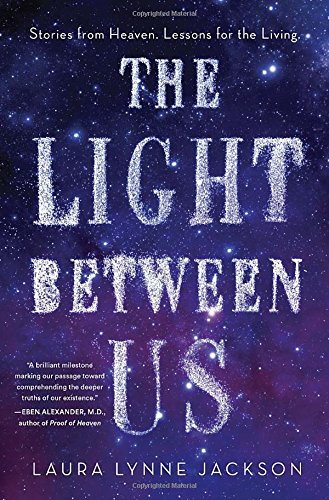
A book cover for The Light Between Us: Stories from Heaven. Lessons for the Living.; Laura Lynne Jackson; Religion & Spirituality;